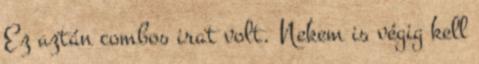
Ez aztán combos irat volt. Nekem is végig kell